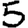
Digit: 5